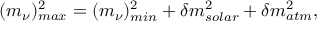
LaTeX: ( m _ { \nu } ) _ { m a x } ^ { 2 } = ( m _ { \nu } ) _ { m i n } ^ { 2 } + \delta m _ { s o l a r } ^ { 2 } + \delta m _ { a t m } ^ { 2 } ,